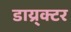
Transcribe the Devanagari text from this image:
डाय्र्क्टर